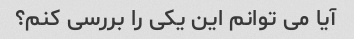
آیا می توانم این یکی را بررسی کنم؟